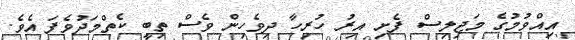
އިއްވުމުގެ މަޖިލިސް ފެށި އިރު ހުރިހާ ދިވެހިން ވެސް ތިބީ ކެތްމަދުވެފަ އެވެ.